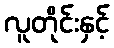
လူတိုင်းနှင့်